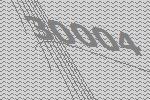
30004